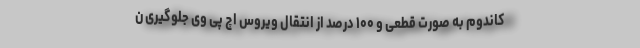
کاندوم به صورت قطعی و ۱۰۰ درصد از انتقال ویروس اچ پی وی جلوگیری ن